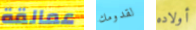
عمالقة لقدومك أولاده